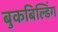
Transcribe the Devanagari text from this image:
बुकबिल्डिंग